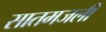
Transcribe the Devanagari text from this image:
सातमजली